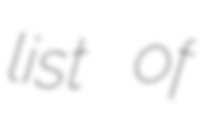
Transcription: list of